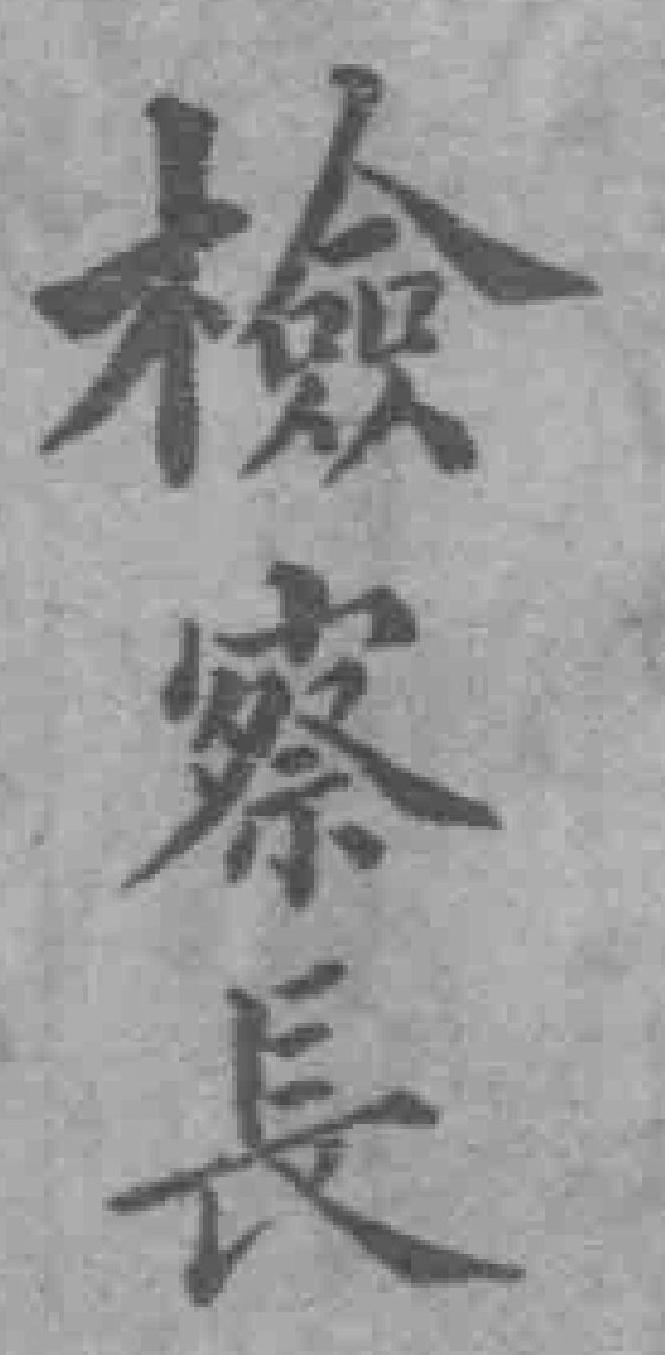
檢察長